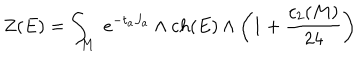
Z ( E ) = \int _ { M } \ e ^ { - t _ { a } J _ { a } } \wedge c h ( E ) \wedge \left( 1 + { \frac { c _ { 2 } ( M ) } { 2 4 } } \right)